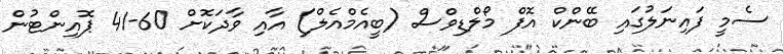
ސެމީ ފައިނަލުގައި ބޭންކް އޮފް މޯލްޑިވްސް (ބީއެމްއެލް) އާއި ވާދަކޮށް 60-41 ޕޮއިންޓުން